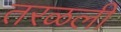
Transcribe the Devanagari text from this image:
तरळली